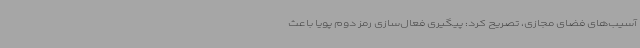
آسیب‌های فضای مجازی، تصریح کرد: پیگیری فعال‌سازی رمز دوم پویا باعث